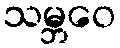
သမ္ဘဝေ